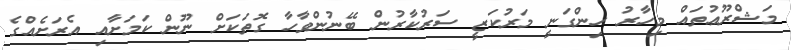
މަޝްރޫޢުތައް މިހާރު ހިންގަނީ މަރުކަޒީ ސަރުކާރުން ބޭނުންވާހާ ގޮތަކަށް ނޫން ކަމަށާއި އެރަށެއްގެ